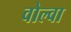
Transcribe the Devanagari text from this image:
वोल्वा